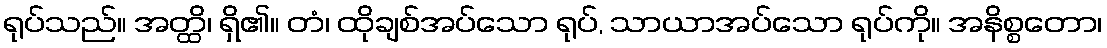
ရုပ်သည်။ အတ္ထိ၊ ရှိ၏။ တံ၊ ထိုချစ်အပ်သော ရုပ်, သာယာအပ်သော ရုပ်ကို။ အနိစ္စတော၊